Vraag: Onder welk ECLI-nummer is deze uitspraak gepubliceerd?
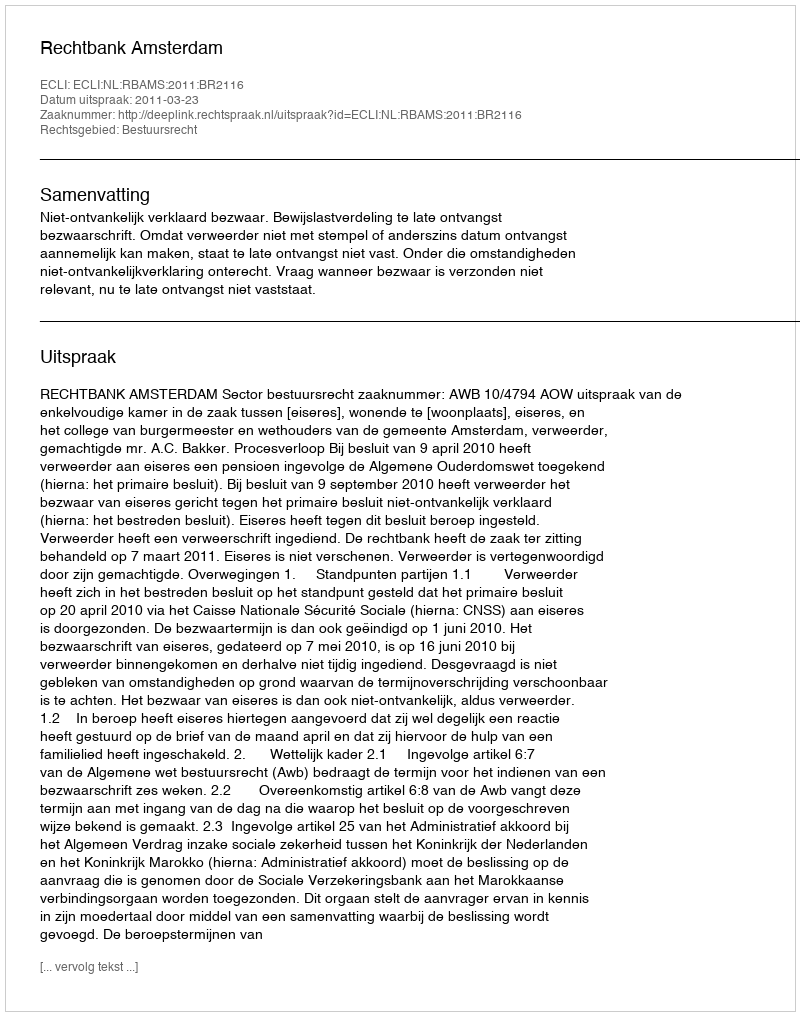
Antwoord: ECLI:NL:RBAMS:2011:BR2116